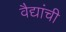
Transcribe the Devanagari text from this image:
वैद्यांची